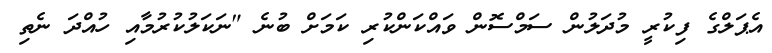
އެޕަލްގެ ފިކުރީ މުދަލުން ސަމްސޮން ވައްކަންކުރި ކަމަށް ބުނެ "ނަކަލުކުރުމާއި ހުއްދަ ނެތި